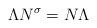
LaTeX: \begin{align*} \Lambda N^{\sigma}=N\Lambda\end{align*}